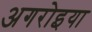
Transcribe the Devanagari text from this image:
अगरोइया